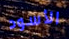
الأسود